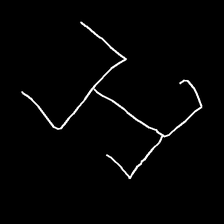
Glyph: entwine